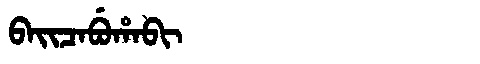
Manchu: ᠪᠠᡳᠴᠠᠪᡠᡥᠠᠪᡳ
Romanization: BAICABUHABI